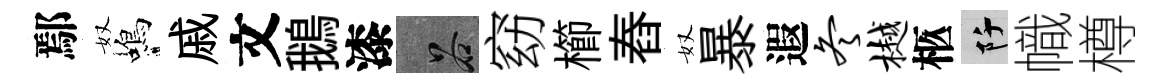
鄢奴蝎戚文鵝漆谷窈櫛舂奴暴遐冬樾柩阡幟樽